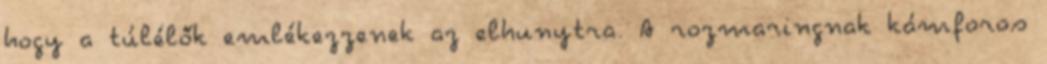
hogy a túlélők emlékezzenek az elhunytra. A rozmaringnak kámforos